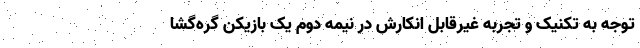
توجه به تکنیک و تجربه غیرقابل انکارش در نیمه دوم یک بازیکن گره‌گشا